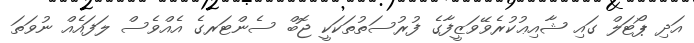
އަދި ޕޯޓަލް ގައި ޝާއިޢުކުރެވޭވަޒީފާގެ ފުރުސަތުތަކަކީ ޖޮބް ސެންޓަރގެ އެއްވެސް ލަފައެއް ނުވަތަ